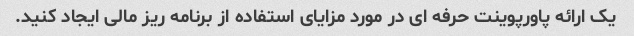
یک ارائه پاورپوینت حرفه ای در مورد مزایای استفاده از برنامه ریز مالی ایجاد کنید.